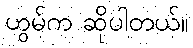
ဟွမ်က ဆိုပါတယ်။